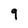
Character: 9